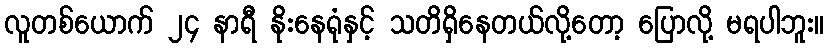
လူတစ်ယောက် ၂၄ နာရီ နိုးနေရုံနှင့် သတိရှိနေတယ်လို့တော့ ပြောလို့ မရပါဘူး။